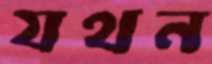
যথন